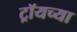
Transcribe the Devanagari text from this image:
ट्रॉयच्या